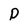
Character: D